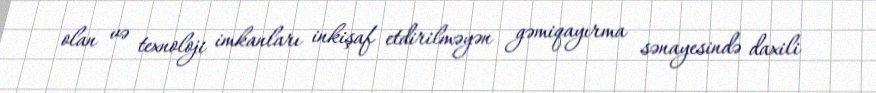
olan və texnoloji imkanları inkişaf etdirilməyən gəmiqayırma sənayesində daxili